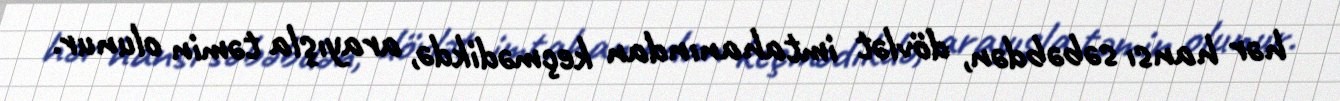
hər hansı səbəbdən, dövlət imtahanından keçmədikdə, arayışla təmin olunur.